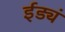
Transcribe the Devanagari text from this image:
ईड्यं